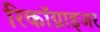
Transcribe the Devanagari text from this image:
रिकॉग्नाइजर